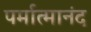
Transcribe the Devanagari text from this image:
पर्मात्मानंद